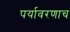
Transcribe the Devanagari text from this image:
पर्यावरणाच